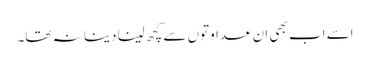
اسے اب بھی ان عداوتوں سے کچھ لینا دینا نہ تھا۔